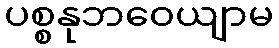
ပစ္စနုဘဝေယျာမ